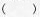
( )